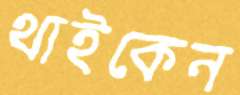
থাইকেন